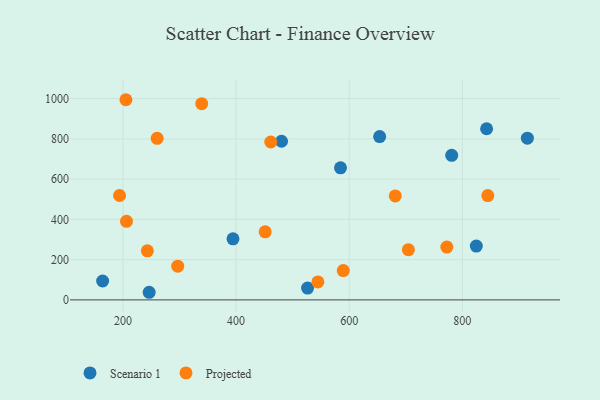
{"axis": {"x": "Distance", "y": "Fuel Efficiency"}, "legend": ["Projected", "Scenario 1"], "data": [{"x": "781.2", "y": 718.3, "type": "Scenario 1"}, {"x": "653.8", "y": 811.2, "type": "Scenario 1"}, {"x": "842.9", "y": 850.3, "type": "Scenario 1"}, {"x": "246.3", "y": 37.9, "type": "Scenario 1"}, {"x": "584.6", "y": 656.0, "type": "Scenario 1"}, {"x": "915.0", "y": 803.6, "type": "Scenario 1"}, {"x": "480.3", "y": 788.0, "type": "Scenario 1"}, {"x": "526.4", "y": 58.7, "type": "Scenario 1"}, {"x": "394.5", "y": 303.2, "type": "Scenario 1"}, {"x": "824.7", "y": 267.3, "type": "Scenario 1"}, {"x": "164.0", "y": 93.8, "type": "Scenario 1"}, {"x": "451.4", "y": 338.4, "type": "Projected"}, {"x": "296.8", "y": 167.4, "type": "Projected"}, {"x": "544.6", "y": 89.2, "type": "Projected"}, {"x": "461.3", "y": 784.5, "type": "Projected"}, {"x": "772.6", "y": 262.4, "type": "Projected"}, {"x": "589.5", "y": 145.9, "type": "Projected"}, {"x": "704.6", "y": 249.5, "type": "Projected"}, {"x": "205.2", "y": 994.4, "type": "Projected"}, {"x": "339.2", "y": 974.8, "type": "Projected"}, {"x": "206.2", "y": 390.2, "type": "Projected"}, {"x": "243.1", "y": 243.8, "type": "Projected"}, {"x": "260.4", "y": 802.8, "type": "Projected"}, {"x": "845.0", "y": 518.1, "type": "Projected"}, {"x": "681.4", "y": 516.4, "type": "Projected"}, {"x": "193.9", "y": 518.6, "type": "Projected"}]}